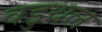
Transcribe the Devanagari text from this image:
वडुथल